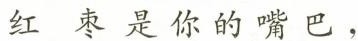
红束是你的嘴巴，